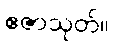
ဧဇာသုတ်။